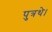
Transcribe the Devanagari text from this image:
पुत्रथे।